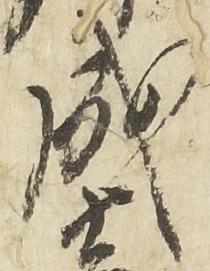
成